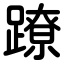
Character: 蹽